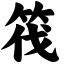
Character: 筏